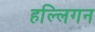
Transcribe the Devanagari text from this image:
हल्लिगन